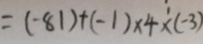
= ( - 8 1 ) + ( - 1 ) \times 4 \times ( - 3 )